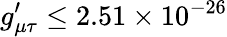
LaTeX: g_{\mu\tau}^{\prime}\leq 2.51\times 10^{-26}